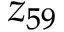
z _ { 5 9 }